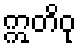
ဣတိဝု